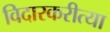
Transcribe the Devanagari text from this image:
विदारकरीत्या